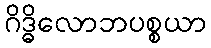
ဂိဒ္ဓိလောဘပစ္စယာ